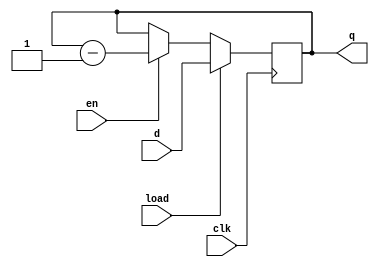
`timescale 1ns / 1ps

module cnt #(parameter WIDTH = 4) (
    input wire clk,
    input wire en,
    input wire load,
    input wire [WIDTH - 1 : 0] d,
    output reg [WIDTH - 1 : 0] q
);
    always@(posedge clk)
    begin
        if(load)
        begin
            q <= d;
        end
        else if(en)
        begin
            q <= q - 1;
        end
        else
        begin
            q <= q;
        end
    end
endmodule